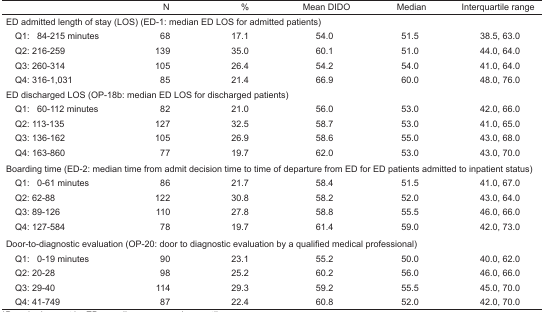
<table><thead><tr><td></td><td><b>N</b></td><td><b>%</b></td><td><b>Mean DIDO</b></td><td><b>Median</b></td><td><b>Interquartile range</b></td></tr></thead><tbody><tr><td colspan="6">ED admitted length of stay (LOS) (ED-1: median ED LOS for admitted patients)</td></tr><tr><td> Q1: 84–215 minutes</td><td>68</td><td>17.1</td><td>54.0</td><td>51.5</td><td>38.5, 63.0</td></tr><tr><td> Q2: 216–259</td><td>139</td><td>35.0</td><td>60.1</td><td>51.0</td><td>44.0, 64.0</td></tr><tr><td> Q3: 260–314</td><td>105</td><td>26.4</td><td>54.2</td><td>54.0</td><td>41.0, 64.0</td></tr><tr><td> Q4: 316–1,031</td><td>85</td><td>21.4</td><td>66.9</td><td>60.0</td><td>48.0, 76.0</td></tr><tr><td colspan="6">ED discharged LOS (OP-18b: median ED LOS for discharged patients)</td></tr><tr><td> Q1: 60–112 minutes</td><td>82</td><td>21.0</td><td>56.0</td><td>53.0</td><td>42.0, 66.0</td></tr><tr><td> Q2: 113–135</td><td>127</td><td>32.5</td><td>58.7</td><td>53.0</td><td>41.0, 65.0</td></tr><tr><td> Q3: 136–162</td><td>105</td><td>26.9</td><td>58.6</td><td>55.0</td><td>43.0, 68.0</td></tr><tr><td> Q4: 163–860</td><td>77</td><td>19.7</td><td>62.0</td><td>53.0</td><td>43.0, 70.0</td></tr><tr><td colspan="6">Boarding time (ED-2: median time from admit decision time to time of departure from ED for ED patients admitted to inpatient status)</td></tr><tr><td> Q1: 0–61 minutes</td><td>86</td><td>21.7</td><td>58.4</td><td>51.5</td><td>41.0, 67.0</td></tr><tr><td> Q2: 62–88</td><td>122</td><td>30.8</td><td>58.2</td><td>52.0</td><td>43.0, 64.0</td></tr><tr><td> Q3: 89–126</td><td>110</td><td>27.8</td><td>58.8</td><td>55.5</td><td>46.0, 66.0</td></tr><tr><td> Q4: 127–584</td><td>78</td><td>19.7</td><td>61.4</td><td>59.0</td><td>42.0, 73.0</td></tr><tr><td colspan="6">Door-to-diagnostic evaluation (OP-20: door to diagnostic evaluation by a qualified medical professional )</td></tr><tr><td> Q1: 0–19 minutes</td><td>90</td><td>23.1</td><td>55.2</td><td>50.0</td><td>40.0, 62.0</td></tr><tr><td> Q2: 20–28</td><td>98</td><td>25.2</td><td>60.2</td><td>56.0</td><td>46.0, 66.0</td></tr><tr><td> Q3: 29–40</td><td>114</td><td>29.3</td><td>59.2</td><td>55.5</td><td>45.0, 70.0</td></tr><tr><td> Q4: 41–749</td><td>87</td><td>22.4</td><td>60.8</td><td>52.0</td><td>42.0, 70.0</td></tr></tbody></table>